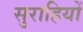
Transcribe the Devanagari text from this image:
सुराहियों